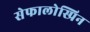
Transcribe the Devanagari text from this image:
सेफालोस्प्रिन